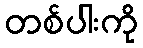
တစ်ပါးကို